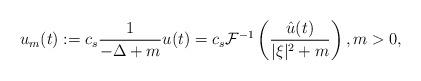
LaTeX: \begin{align*}u_m(t):= c_s \frac{1}{-\Delta+m} u(t) = c_s \mathcal{F}^{-1} \left(\frac{\hat{u}(t)}{|\xi|^2 +m}\right), m>0,\end{align*}